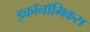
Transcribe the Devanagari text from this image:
इकॉनॉमिकस